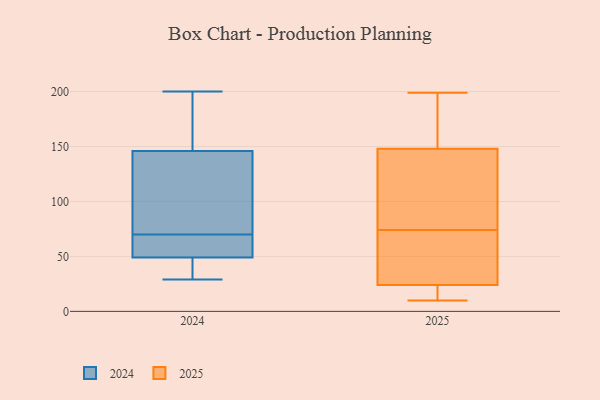
{"axis": {"x": "Temperature (°C)", "y": "Value"}, "legend": ["2024", "2025"], "data": [{"x": "", "y": 76, "type": "2025"}, {"x": "", "y": 117, "type": "2025"}, {"x": "", "y": 118, "type": "2025"}, {"x": "", "y": 72, "type": "2025"}, {"x": "", "y": 148, "type": "2025"}, {"x": "", "y": 168, "type": "2025"}, {"x": "", "y": 24, "type": "2025"}, {"x": "", "y": 15, "type": "2025"}, {"x": "", "y": 10, "type": "2025"}, {"x": "", "y": 48, "type": "2025"}, {"x": "", "y": 61, "type": "2025"}, {"x": "", "y": 22, "type": "2025"}, {"x": "", "y": 199, "type": "2025"}, {"x": "", "y": 168, "type": "2025"}, {"x": "", "y": 61, "type": "2024"}, {"x": "", "y": 190, "type": "2024"}, {"x": "", "y": 200, "type": "2024"}, {"x": "", "y": 116, "type": "2024"}, {"x": "", "y": 117, "type": "2024"}, {"x": "", "y": 186, "type": "2024"}, {"x": "", "y": 32, "type": "2024"}, {"x": "", "y": 45, "type": "2024"}, {"x": "", "y": 72, "type": "2024"}, {"x": "", "y": 81, "type": "2024"}, {"x": "", "y": 63, "type": "2024"}, {"x": "", "y": 68, "type": "2024"}, {"x": "", "y": 38, "type": "2024"}, {"x": "", "y": 29, "type": "2024"}, {"x": "", "y": 175, "type": "2024"}, {"x": "", "y": 53, "type": "2024"}]}